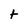
Character: t